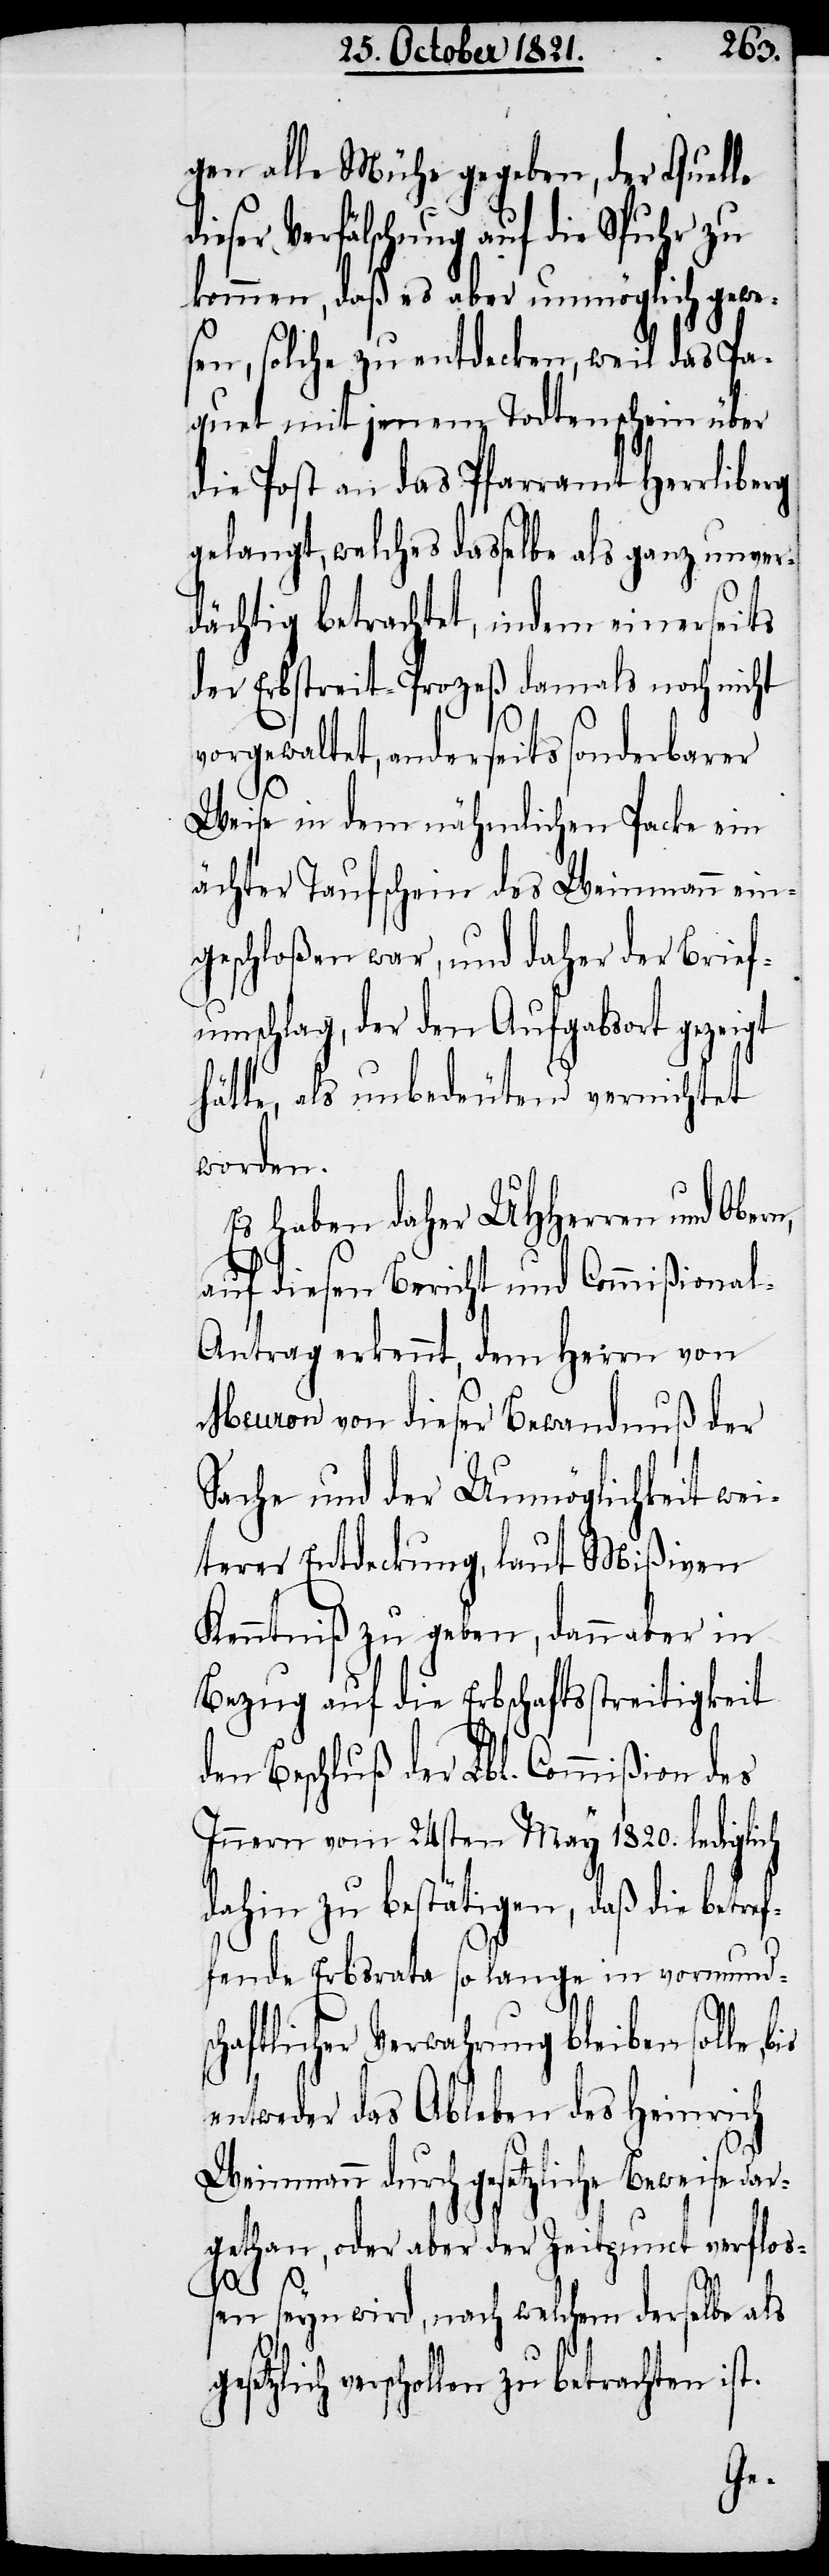
26sten
gen alle Mühe gegeben, der Quelle
dieser Verfälschung auf die Spuhr zu
kommen, daß es aber unmöglich gewe¬
sen, solche zu entdecken, weil das Pa¬
quet mit jenem Todtenschein über
die Post an das Pfarramt Herrliberg
gelangt, welches dasselbe als ganz unver¬
dächtig betrachtet, indem einerseits
der Erbstreit-Proceß damals noch nicht
vorgewaltet, anderseits sonderbarer
Weise in dem nähmlichen Packe ein
ächter Taufschein des Weinmann ein¬
geschloßen war, und daher der Brief¬
umschlag, der den Aufgabeort gezeigt
hätte, als unbedeutend vernichtet
werden.
Es haben daher UHHerren und Ober¬
auf diesen Bericht und Commißiona¬
l-Antrag erkennt, dem Herrn von
Meuron von dieser Bewandtnuß der
Sache und der Unmöglichkeit wei¬
terer Entdeckung, laut Mißiven
Kenntniß zu geben, dann aber in
Bezug auf die Erbschaftsstreitigkeit
den Beschluß der Lbl. Commißion des
Innern vom 24sten May 1820. lediglich
dahin zu bestätigen, daß die betre¬
fende Erbsrata so lange in vormund¬
M,
chaftlicher Verwahrung bleiben solle,
entweder das Ableben des Heinrich
Weinmann durch gesetzliche Beweise dar¬
gethan, oder aber der Zeitpunct verflo¬
ßen seyn wird, nach welchem derselbe als
setzlich verschollen zu betrachten ist.
ge¬